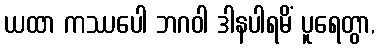
ယထာ ကဿပေါ ဘဂဝါ ဒါနပါရမိံ ပူရေတွာ,